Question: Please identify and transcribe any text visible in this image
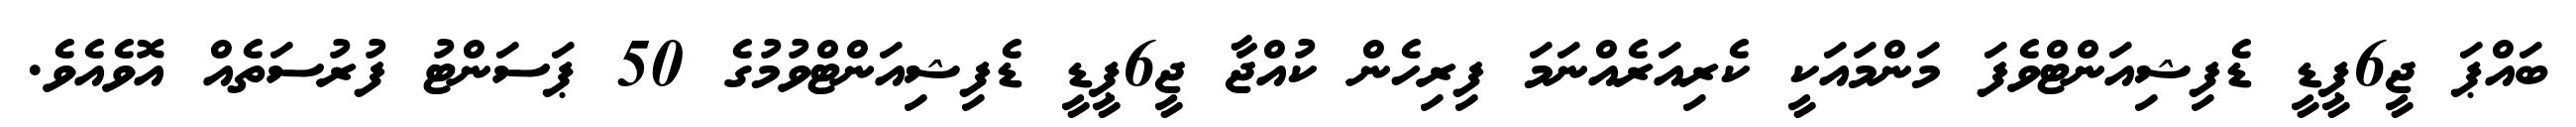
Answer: ބައްޕަ ޖީ6ޕީޑީ ޑެފިޝިއަންޓްވެފަ މަންމައަކީ ކެރިއަރެއްނަމަ ފިރިހެން ކުއްޖާ ޖީ6ޕީޑީ ޑެފިޝިއަންޓްވުމުގެ 50 ޕަސަންޓު ފުރުސަތެއް އޮވެއެވެ.